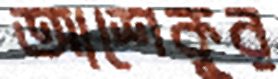
আশেকুর